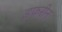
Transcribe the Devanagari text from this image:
डफरीन